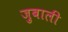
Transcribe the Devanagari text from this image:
ज़ुबाली